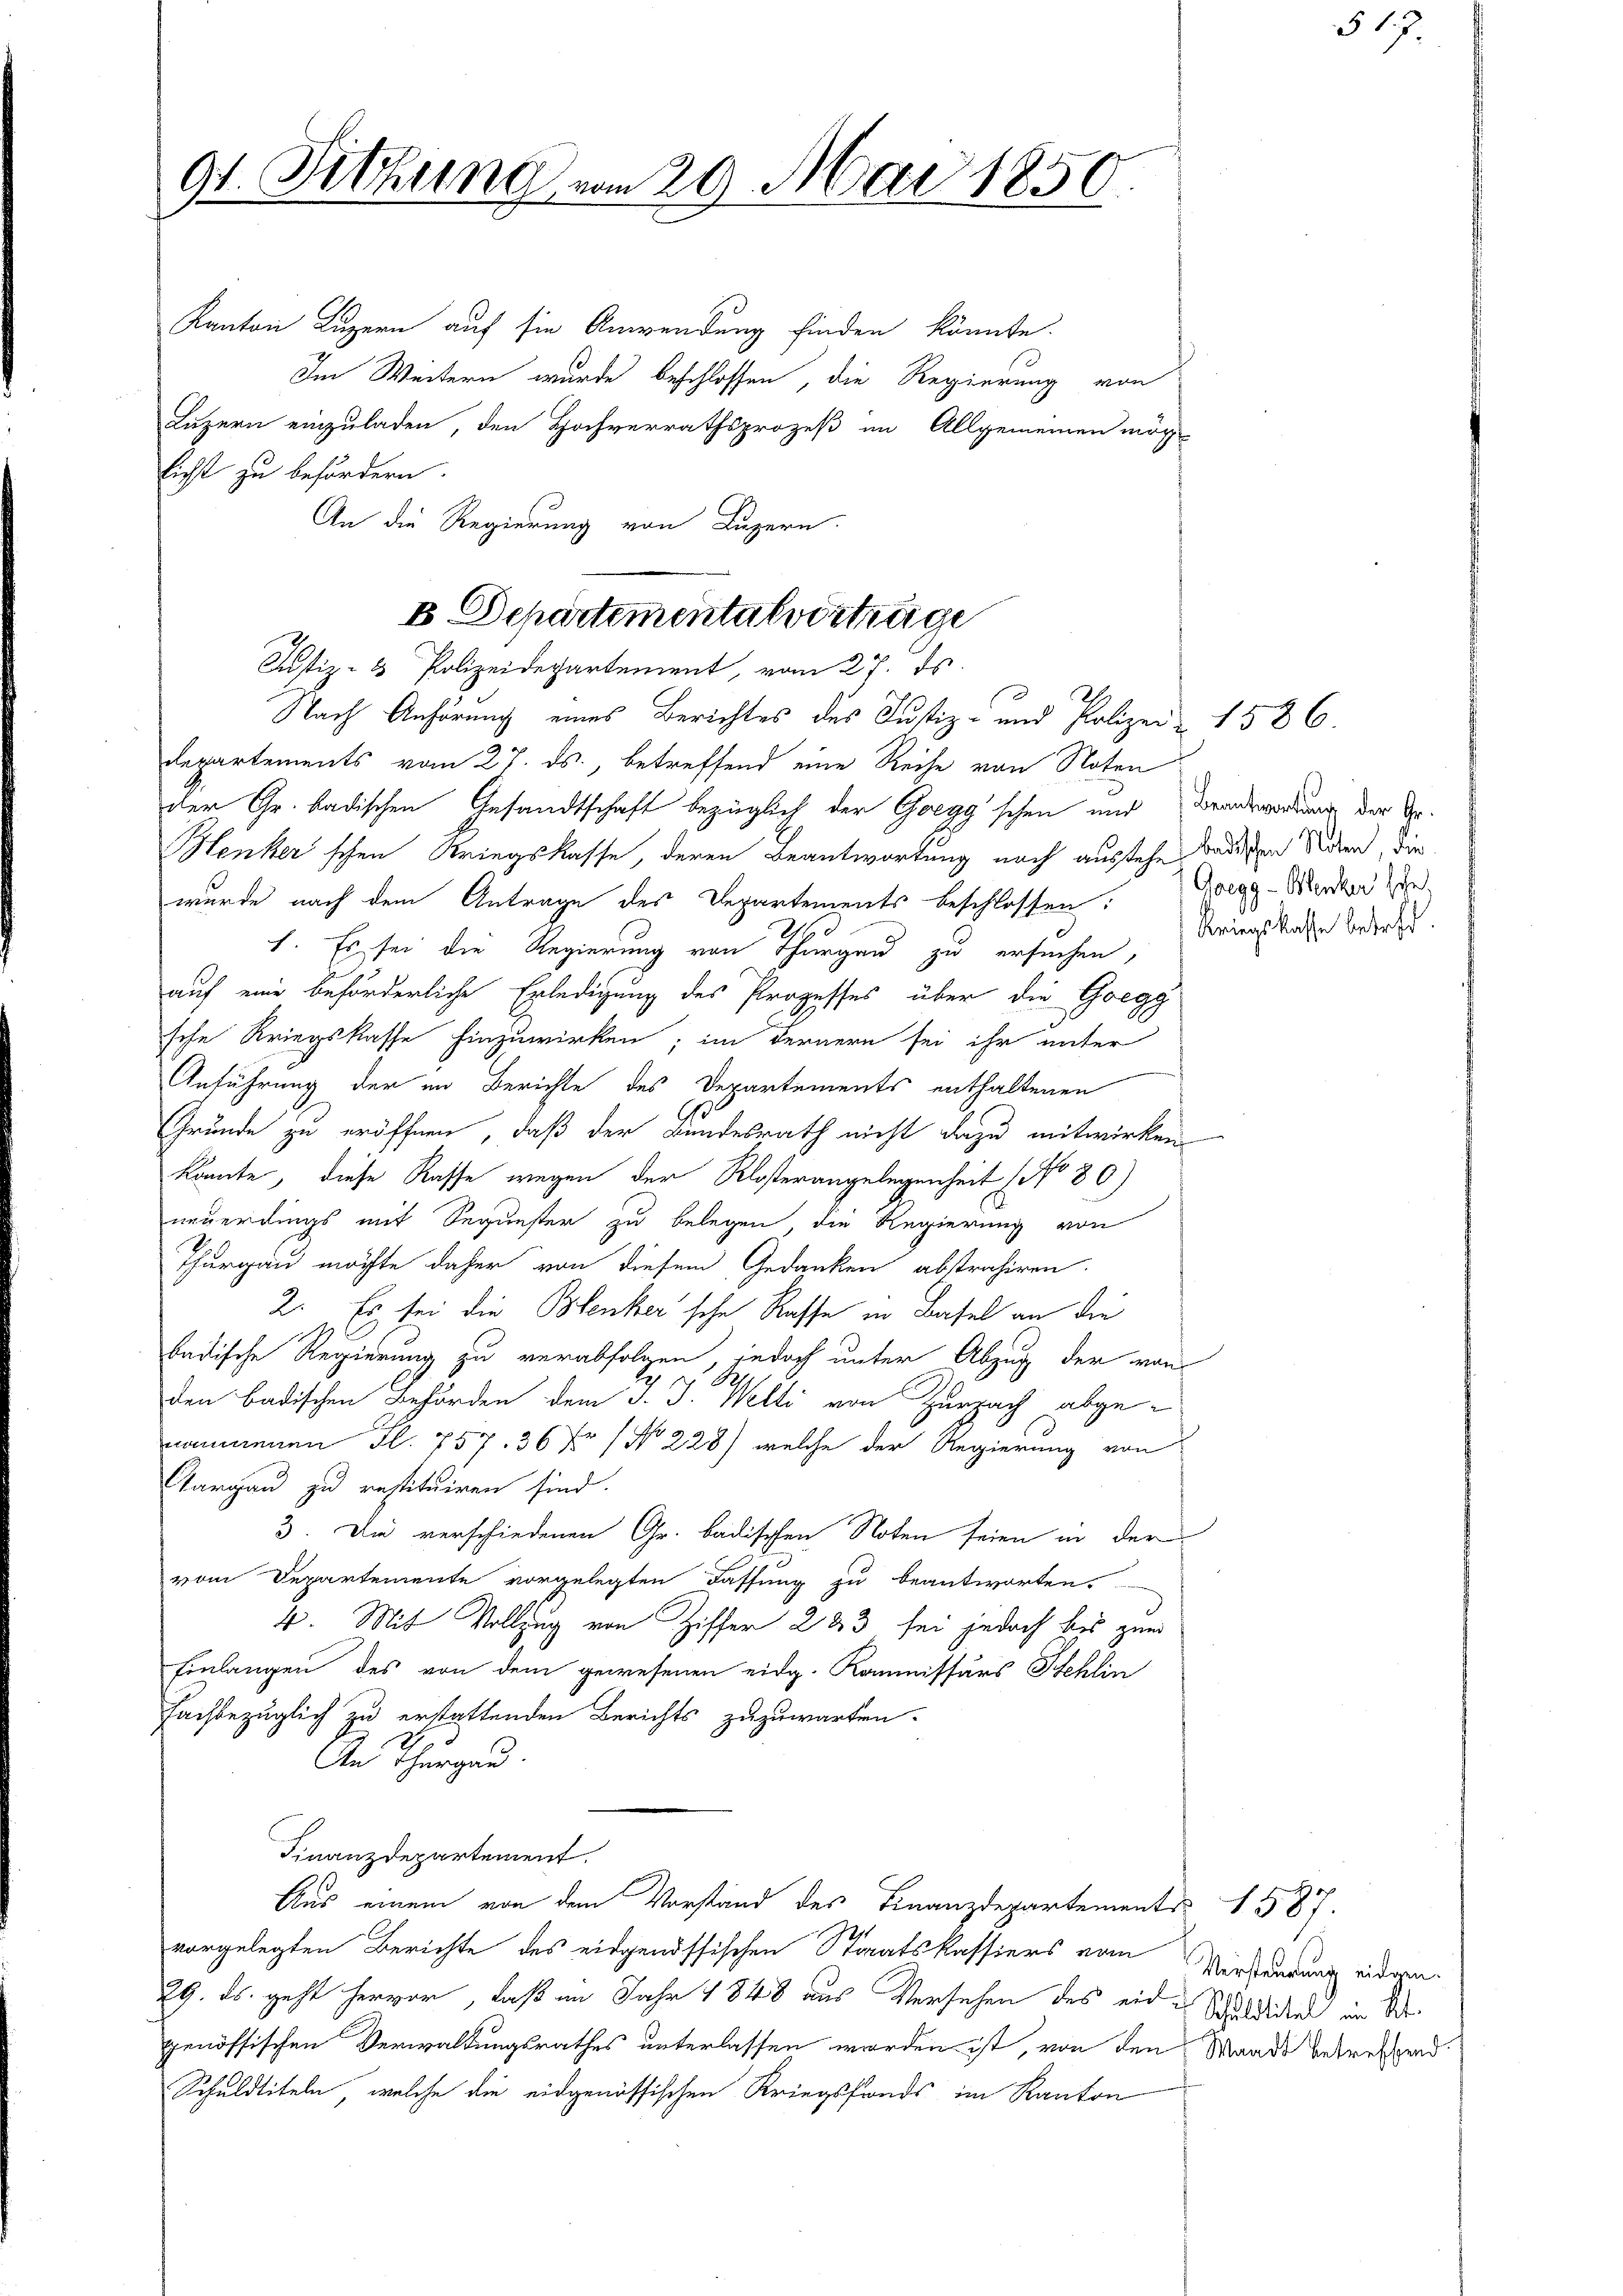
91. Sitzung von 20. Mai 1850.

Kanton Luzern auf sie Anwendung finden könnte.
Im Weitern wurde beschlossen, die Regierung von
Luzern einzuladen, den Hochverrathsprozeß im Allgemeinen mög-
licht zu befördern.
An die Regierung von Luzern.
Departements vom 27. ds., betreffend eine Reihe von Noten
der Gr. badischen Gesandtschaft bezüglich der Goegg schen und Brandswortung der Sr.
Henker'schen Kriegskasse, deren Beantwortung noch ausstehe dediesen Seiden die
wurde nach dem Antrage des Departements beschlossen:
1. Es sei die Regierung von Thurgau zu ersuchen,
auf eine beförderliche Erledigung des Prozesses über die Gregg
sche Kriegskasse hinzuwirken; im Fernern sei ihr unter
Anführung der im Berichte des Departements enthaltenen
Grunde zu eröffnen, daß der Bundesrath nicht dazu mitwirken
könnte, diese Rasse wegen der Klosterangelegenheit (No 80)
neuerdings mit Sequester zu belegen, die Regierung von
Thurgau möchte daher von diesem Gedanken abstrahiren.
2. Es sei die Benker sche Rasse in Basel an die
badische Regierung zu verabfolgen, jedoch unter Abzug der von
den badischen Behörden dem J. J. Welti von Zurzach abgenommenen Fl. 757. 36 Xr No 228) welche der Regierung von
Aargau zu restituiren sind.
3. Die verschiedenen Gr. badischen Noten seien in der
vom Departemente vorgelegten Fassung zu beantworten.
4. Mit Vollzug von Ziffer 283 sei jedoch bis zum
Einlangen des von dem gewesenen eidg. Kommissärs Stehlin
fachbezüglich zu erstattenden Berichts zuzuwarten.
An Thurgau.
Finanzdepartement.
Aus einem von dem Vorstand des Finanzdepartemente 1587
vorgelegten Berichte des eidgenössischen Staatskassiers vom
29. ds. geht hervor, daß im Jahr 1848 aus Versehen des eid. Schuldigen im Dr.
genössischen Verwaldungsrathes unterlassen werden ist, von den Waadt betreffend
Schuldtiteln, welche die eidgenössischen Kriegsfonds im Kanton

E. Departementalverträge
Justiz- & Polizeidepartement, vom 27. ds.
Nach Anhörung eines Berichtes des Justiz- und Polizei & 1586.

Gregg - Bleiker sche
Kriegskasse betreff.

Versteurung eidgen.

§ 17.